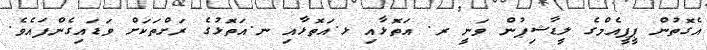
އެގޮތުން ޕީޕީއެމްގެ ލީޑާޝިޕުން ވަނީ ރ. އަތޮޅާއި ޅ.އަތޮޅާއި ނ.އަތޮޅުގެ ރަށްތަކަށް ވަޑައިގެންފައެވެ.